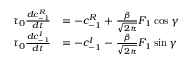
\begin{array} { r l } { \tau _ { 0 } \frac { d c _ { \mathrm { - } 1 } ^ { R } } { d t } } & { = - c _ { \mathrm { - } 1 } ^ { R } + \frac { \beta } { \sqrt { 2 \pi } } F _ { 1 } \cos { \gamma } } \\ { \tau _ { 0 } \frac { d c _ { \mathrm { - } 1 } ^ { I } } { d t } } & { = - c _ { \mathrm { - } 1 } ^ { I } - \frac { \beta } { \sqrt { 2 \pi } } F _ { 1 } \sin { \gamma } } \end{array}